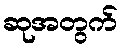
ဆုအတွက်